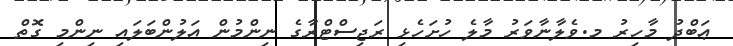
ޢަބްދު މާހިރު މ.ވެލާނާވަރު މާލެ ހުށަހެޅި ރަޖިސްޓްރާގެ ނިންމުން އަލުންބަލައި ނިންމި ގޮތް